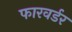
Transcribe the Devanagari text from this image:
फारवर्डर